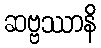
ဆဗ္ဗဿာနိ